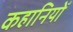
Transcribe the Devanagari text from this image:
कहानियोँ